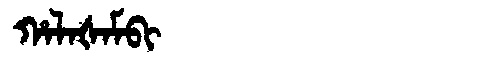
Manchu: ᡥᠠᠯᠠᡧᠠᠮᠪᡳ
Romanization: HALAŠAMBI